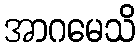
အာဂမေသိ